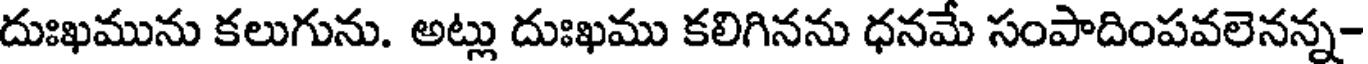
దుఃఖమును కలుగును. అట్లు దుఃఖము కలిగినను ధనమే సంపాదింపవలెనన్న-